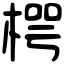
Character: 㮙